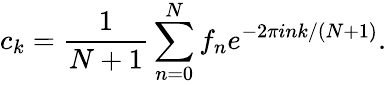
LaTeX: c_{k}=\frac{1}{N+1}\sum_{n=0}^{N}f_{n}e^{-2\pi ink/(N+1)}.